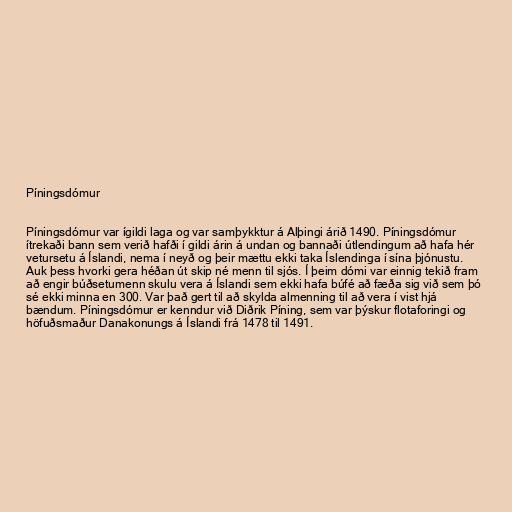
Píningsdómur

Píningsdómur var ígildi laga og var samþykktur á Alþingi árið 1490. Píningsdómur
ítrekaði bann sem verið hafði í gildi árin á undan og bannaði útlendingum að hafa hér
vetursetu á Íslandi, nema í neyð og þeir mættu ekki taka Íslendinga í sína þjónustu.
Auk þess hvorki gera héðan út skip né menn til sjós. Í þeim dómi var einnig tekið fram
að engir búðsetumenn skulu vera á Íslandi sem ekki hafa búfé að fæða sig við sem þó
sé ekki minna en 300. Var það gert til að skylda almenning til að vera í vist hjá
bændum. Píningsdómur er kenndur við Diðrik Píning, sem var þýskur flotaforingi og
höfuðsmaður Danakonungs á Íslandi frá 1478 til 1491.